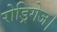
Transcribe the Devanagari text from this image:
रोड्रिगेज।